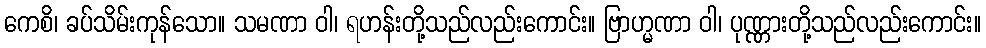
ကေစိ၊ ခပ်သိမ်းကုန်သော။ သမဏာ ဝါ၊ ရဟန်းတို့သည်လည်းကောင်း။ ဗြာဟ္မဏာ ဝါ၊ ပုဏ္ဏားတို့သည်လည်းကောင်း။